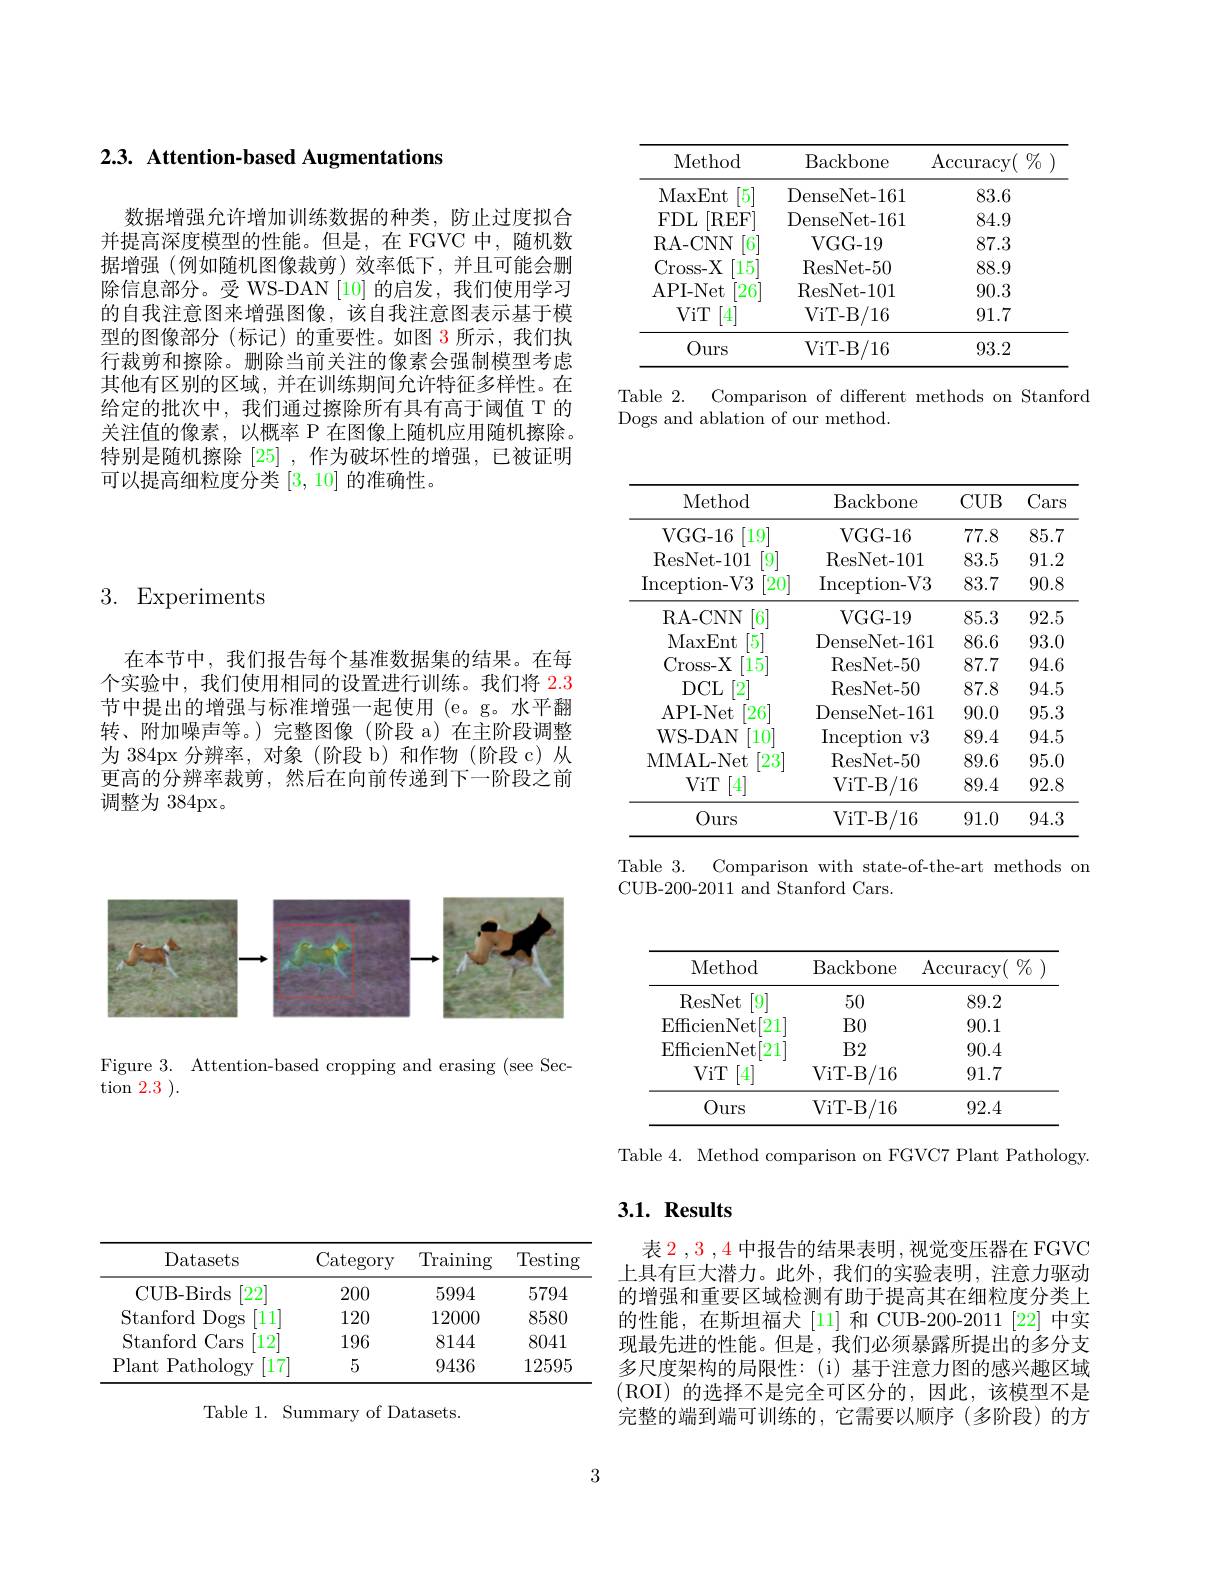
# $2. 3. \textbf{ Attention- based Augmentations}$

数据增强允许增加训练数据的种类，防止过度拟合并提高深度模型的性能。但是，在 FGVC 中，随机数据增强(例如随机图像裁剪)效率低下，并且可能会删除信息部分。受 WS-DAN [10]的启发，我们使用学习的自我注意图来增强图像，该自我注意图表示基于模型的图像部分(标记)的重要性。如图 3 所示，我们执行裁剪和擦除。删除当前关注的像素会强制模型考虑其他有区别的区域，并在训练期间允许特征多样性。在给定的批次中，我们通过擦除所有具有高于阈值 T 的关注值的像素，以概率 P 在图像上随机应用随机擦除。特别是随机擦除[25] ,作为破坏性的增强，已被证明可以提高细粒度分类[3,10]的准确性。

<table>
	<tbody>
		<tr>
			<th>Method</th>
			<th>Backbone</th>
			<th>$\operatorname{Accuracy}($ $\begin{array}{cc}{{:}0/_{0}}\\{{:}}\end{array}$ </th>
		</tr>
		<tr>
			<td>MaxEnt $[5^{.}$</td>
			<td>DenseNet- 161</td>
			<td>83.6</td>
		</tr>
		<tr>
			<td>$FDL$ [REF]</td>
			<td>DenseNet- 161</td>
			<td>84.9</td>
		</tr>
		<tr>
			<td>RA-CNN 6</td>
			<td>VGG- 19</td>
			<td>87.3</td>
		</tr>
		<tr>
			<td>Cross- $-X$ 15</td>
			<td>ResNet- 50</td>
			<td>88.9</td>
		</tr>
		<tr>
			<td>API- Net [26</td>
			<td>ResNet- 101</td>
			<td>90.3</td>
		</tr>
		<tr>
			<td>ViT [4]</td>
			<td>ViT- B/ 16</td>
			<td>91.7</td>
		</tr>
		<tr>
			<td>Ours</td>
			<td>ViT- B/ 16</td>
			<td>93.2</td>
		</tr>
	</tbody>
</table>

Table 2. Comparison of different methods on Stanford
Dogs and ablation of our method.

3. Experiments

在本节中，我们报告每个基准数据集的结果。在每个实验中，我们使用相同的设置进行训练。我们将$\color{red}{2.3}$ 节中提出的增强与标准增强一起使用 (e。g。水平翻转、附加噪声等。)完整图像(阶段 a)在主阶段调整为 384px 分辨率，对象 (阶段 b)和作物 (阶段 c)从更高的分辨率裁剪，然后在向前传递到下一阶段之前调整为 384px。

<table>
	<tbody>
		<tr>
			<th>Method</th>
			<th>Backbone</th>
			<th>CUB</th>
			<th>Cars</th>
		</tr>
		<tr>
			<td>VGG- 16 19</td>
			<td>VGG- 16</td>
			<td>77.8</td>
			<td>85.7</td>
		</tr>
		<tr>
			<td>ResNet- 101 $[9^{\cdot}$</td>
			<td>ResNet- 101</td>
			<td>83.5</td>
			<td>91.2</td>
		</tr>
		<tr>
			<td>Inception- V3 $[20^{\cdot}]$</td>
			<td>Inception- V3</td>
			<td>83.7</td>
			<td>90.8</td>
		</tr>
		<tr>
			<td>RA-CNN $\lceil6\rceil$</td>
			<td>VGG- 19</td>
			<td>85.3</td>
			<td>92.5</td>
		</tr>
		<tr>
			<td>MaxEnt 5</td>
			<td>DenseNet- 161</td>
			<td>86.6</td>
			<td>93.0</td>
		</tr>
		<tr>
			<td>Cross- X 15</td>
			<td>ResNet- 50</td>
			<td>87.7</td>
			<td>94.6</td>
		</tr>
		<tr>
			<td>$DCL$ $[2^{-}$</td>
			<td>ResNet- 50</td>
			<td>87.8</td>
			<td>94.5</td>
		</tr>
		<tr>
			<td>API- Net $[26^{\cdot}$</td>
			<td>DenseNet- 161</td>
			<td>90.0</td>
			<td>95.3</td>
		</tr>
		<tr>
			<td>WS- DAN $10^{\circ}$</td>
			<td>$\operatorname{Inception}$ $.V3$ </td>
			<td>89.4</td>
			<td>94.5</td>
		</tr>
		<tr>
			<td>MMAL- Net $[23^{\cdot}$</td>
			<td>ResNet- 50</td>
			<td>89.6</td>
			<td>95.0</td>
		</tr>
		<tr>
			<td>ViT [4]</td>
			<td>ViT- B/ 16</td>
			<td>89.4</td>
			<td>92.8</td>
		</tr>
		<tr>
			<td>Ours</td>
			<td>ViT- B 3/16 A</td>
			<td>91.0</td>
			<td>94.3</td>
		</tr>
	</tbody>
</table>

Table 3.
Comparison with state-of-the-art methods on
CUB-200-2011 and Stanford Cars.

<FigureHere>

Figure 3. Attention-based cropping and erasing (see Sec-
tion 2.3 ).

<table>
	<tbody>
		<tr>
			<th>Method</th>
			<th>Backbone</th>
			<th>$\operatorname{Accuracy}($ $\%$</th>
		</tr>
		<tr>
			<td>ResNet [9]</td>
			<td>50</td>
			<td>89.2</td>
		</tr>
		<tr>
			<td>EfficienNet 21</td>
			<td>$B0$</td>
			<td>90.1</td>
		</tr>
		<tr>
			<td>EfficienNet [21</td>
			<td>$B2$</td>
			<td>90.4</td>
		</tr>
		<tr>
			<td>ViT [4]</td>
			<td>ViT- B/ 16</td>
			<td>91.7</td>
		</tr>
		<tr>
			<td>Ours</td>
			<td>ViT- B/ 16</td>
			<td>92.4</td>
		</tr>
	</tbody>
</table>

Table 4. Method comparison on FGVC7 Plant Pathology.

# 3.1. Results

表$\color{red}2,\color{red}3,\color{red}4$中报告的结果表明，视觉变压器在 FGVC 上具有巨大潜力。此外，我们的实验表明，注意力驱动的增强和重要区域检测有助于提高其在细粒度分类上的性能，在斯坦福犬[11]和 CUB-200-2011[22]中实现最先进的性能。但是，我们必须暴露所提出的多分支多尺度架构的局限性：(i)基于注意力图的感兴趣区域(ROI)的选择不是完全可区分的，因此，该模型不是完整的端到端可训练的，它需要以顺序(多阶段)的方

<table>
	<tbody>
		<tr>
			<th>Datasets</th>
			<th>Category</th>
			<th>$\operatorname{Training}$</th>
			<th>$\operatorname{Testing}$</th>
		</tr>
		<tr>
			<td>$\lceil22$ CUB- Birds</td>
			<td>200</td>
			<td>5994</td>
			<td>5794</td>
		</tr>
		<tr>
			<td>Stanford Dogs [111</td>
			<td>120</td>
			<td>12000</td>
			<td>8580</td>
		</tr>
		<tr>
			<td>Stanford Cars $12^{\cdot}$</td>
			<td>196</td>
			<td>8144</td>
			<td>8041</td>
		</tr>
		<tr>
			<td>Plant Pathology [17]</td>
			<td>5</td>
			<td>9436</td>
			<td>12595</td>
		</tr>
	</tbody>
</table>

Table 1. Summary of Datasets.

3